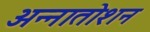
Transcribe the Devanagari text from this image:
अन्नातोशन